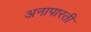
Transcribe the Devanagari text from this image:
अनापारती